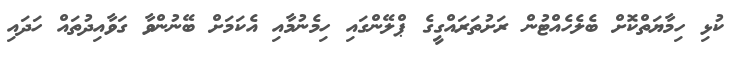
ކުޅި ހިމާޔަތްކޮށް ބެލެހެއްޓުން ރަށުތަރައްގީގެ ޕްލޭންގައި ހިމެނުމާއި އެކަމަށް ބޭނުންވާ ގަވާއިދުތައް ހަދައި